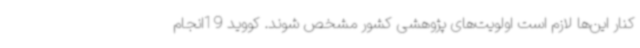
کنار این‌ها لازم است اولویت‌های پژوهشی کشور مشخص شوند. کووید 19انجام